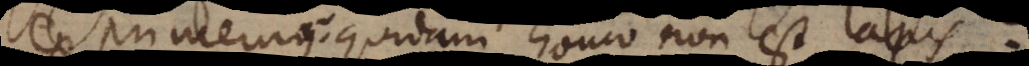
exprimemus: quidam homo non est lapis?